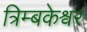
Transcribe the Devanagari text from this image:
त्रिम्बकेश्वर